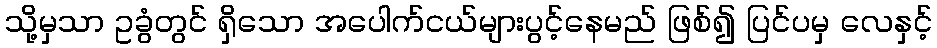
သို့မှသာ ဥခွံတွင် ရှိသော အပေါက်ငယ်များပွင့်နေမည် ဖြစ်၍ ပြင်ပမှ လေနှင့်